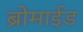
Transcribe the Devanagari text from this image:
ब्रोमाईड